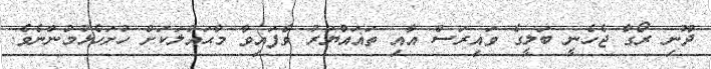
ދޫނި ރޯގާ ޖެހެނީ ބަލީގެ ވައިރަސް އާއި ތަޣައްޔަރު ވެފައިވާ މާޙައުލަކަށް ހުށަހެޅުމުންނެވެ.